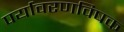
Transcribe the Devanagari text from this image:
पर्यावरणविषक